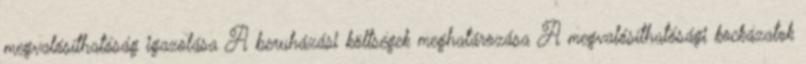
megvalósíthatóság igazolása A beruházási költségek meghatározása A megvalósíthatósági kockázatok